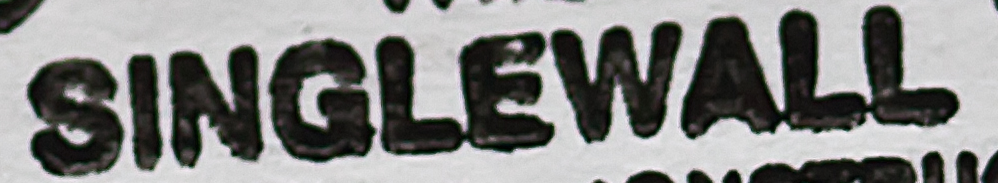
SINGLEWALL